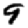
Digit: 9